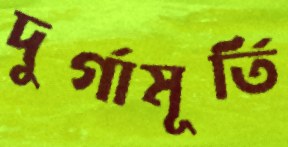
দুর্গামূর্তি